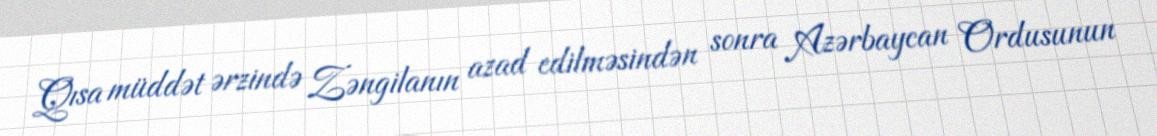
Qısa müddət ərzində Zəngilanın azad edilməsindən sonra Azərbaycan Ordusunun